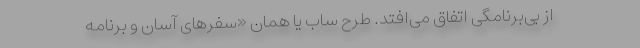
از بی‌برنامگی اتفاق می‌افتد. طرح ساب یا همان «سفرهای آسان و برنامه